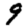
Digit: 9